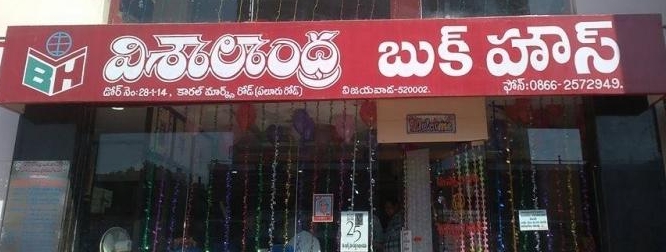
Language: telugu
Transcription: విశాలాంధ్ర బుక్ హౌస్ కారల్ రోడ్ విజయవాడ